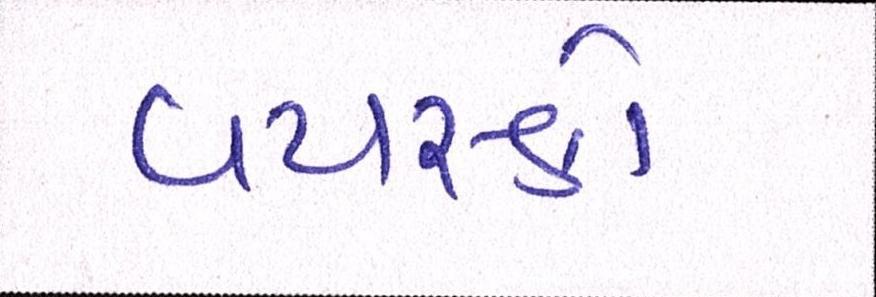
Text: વયસ્કો